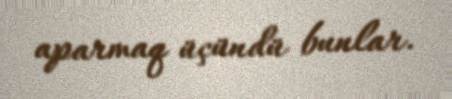
aparmaq üçündü bunlar.